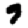
Digit: 9